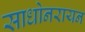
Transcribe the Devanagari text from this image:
साधोनरायन